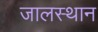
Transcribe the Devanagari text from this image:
जालस्थान